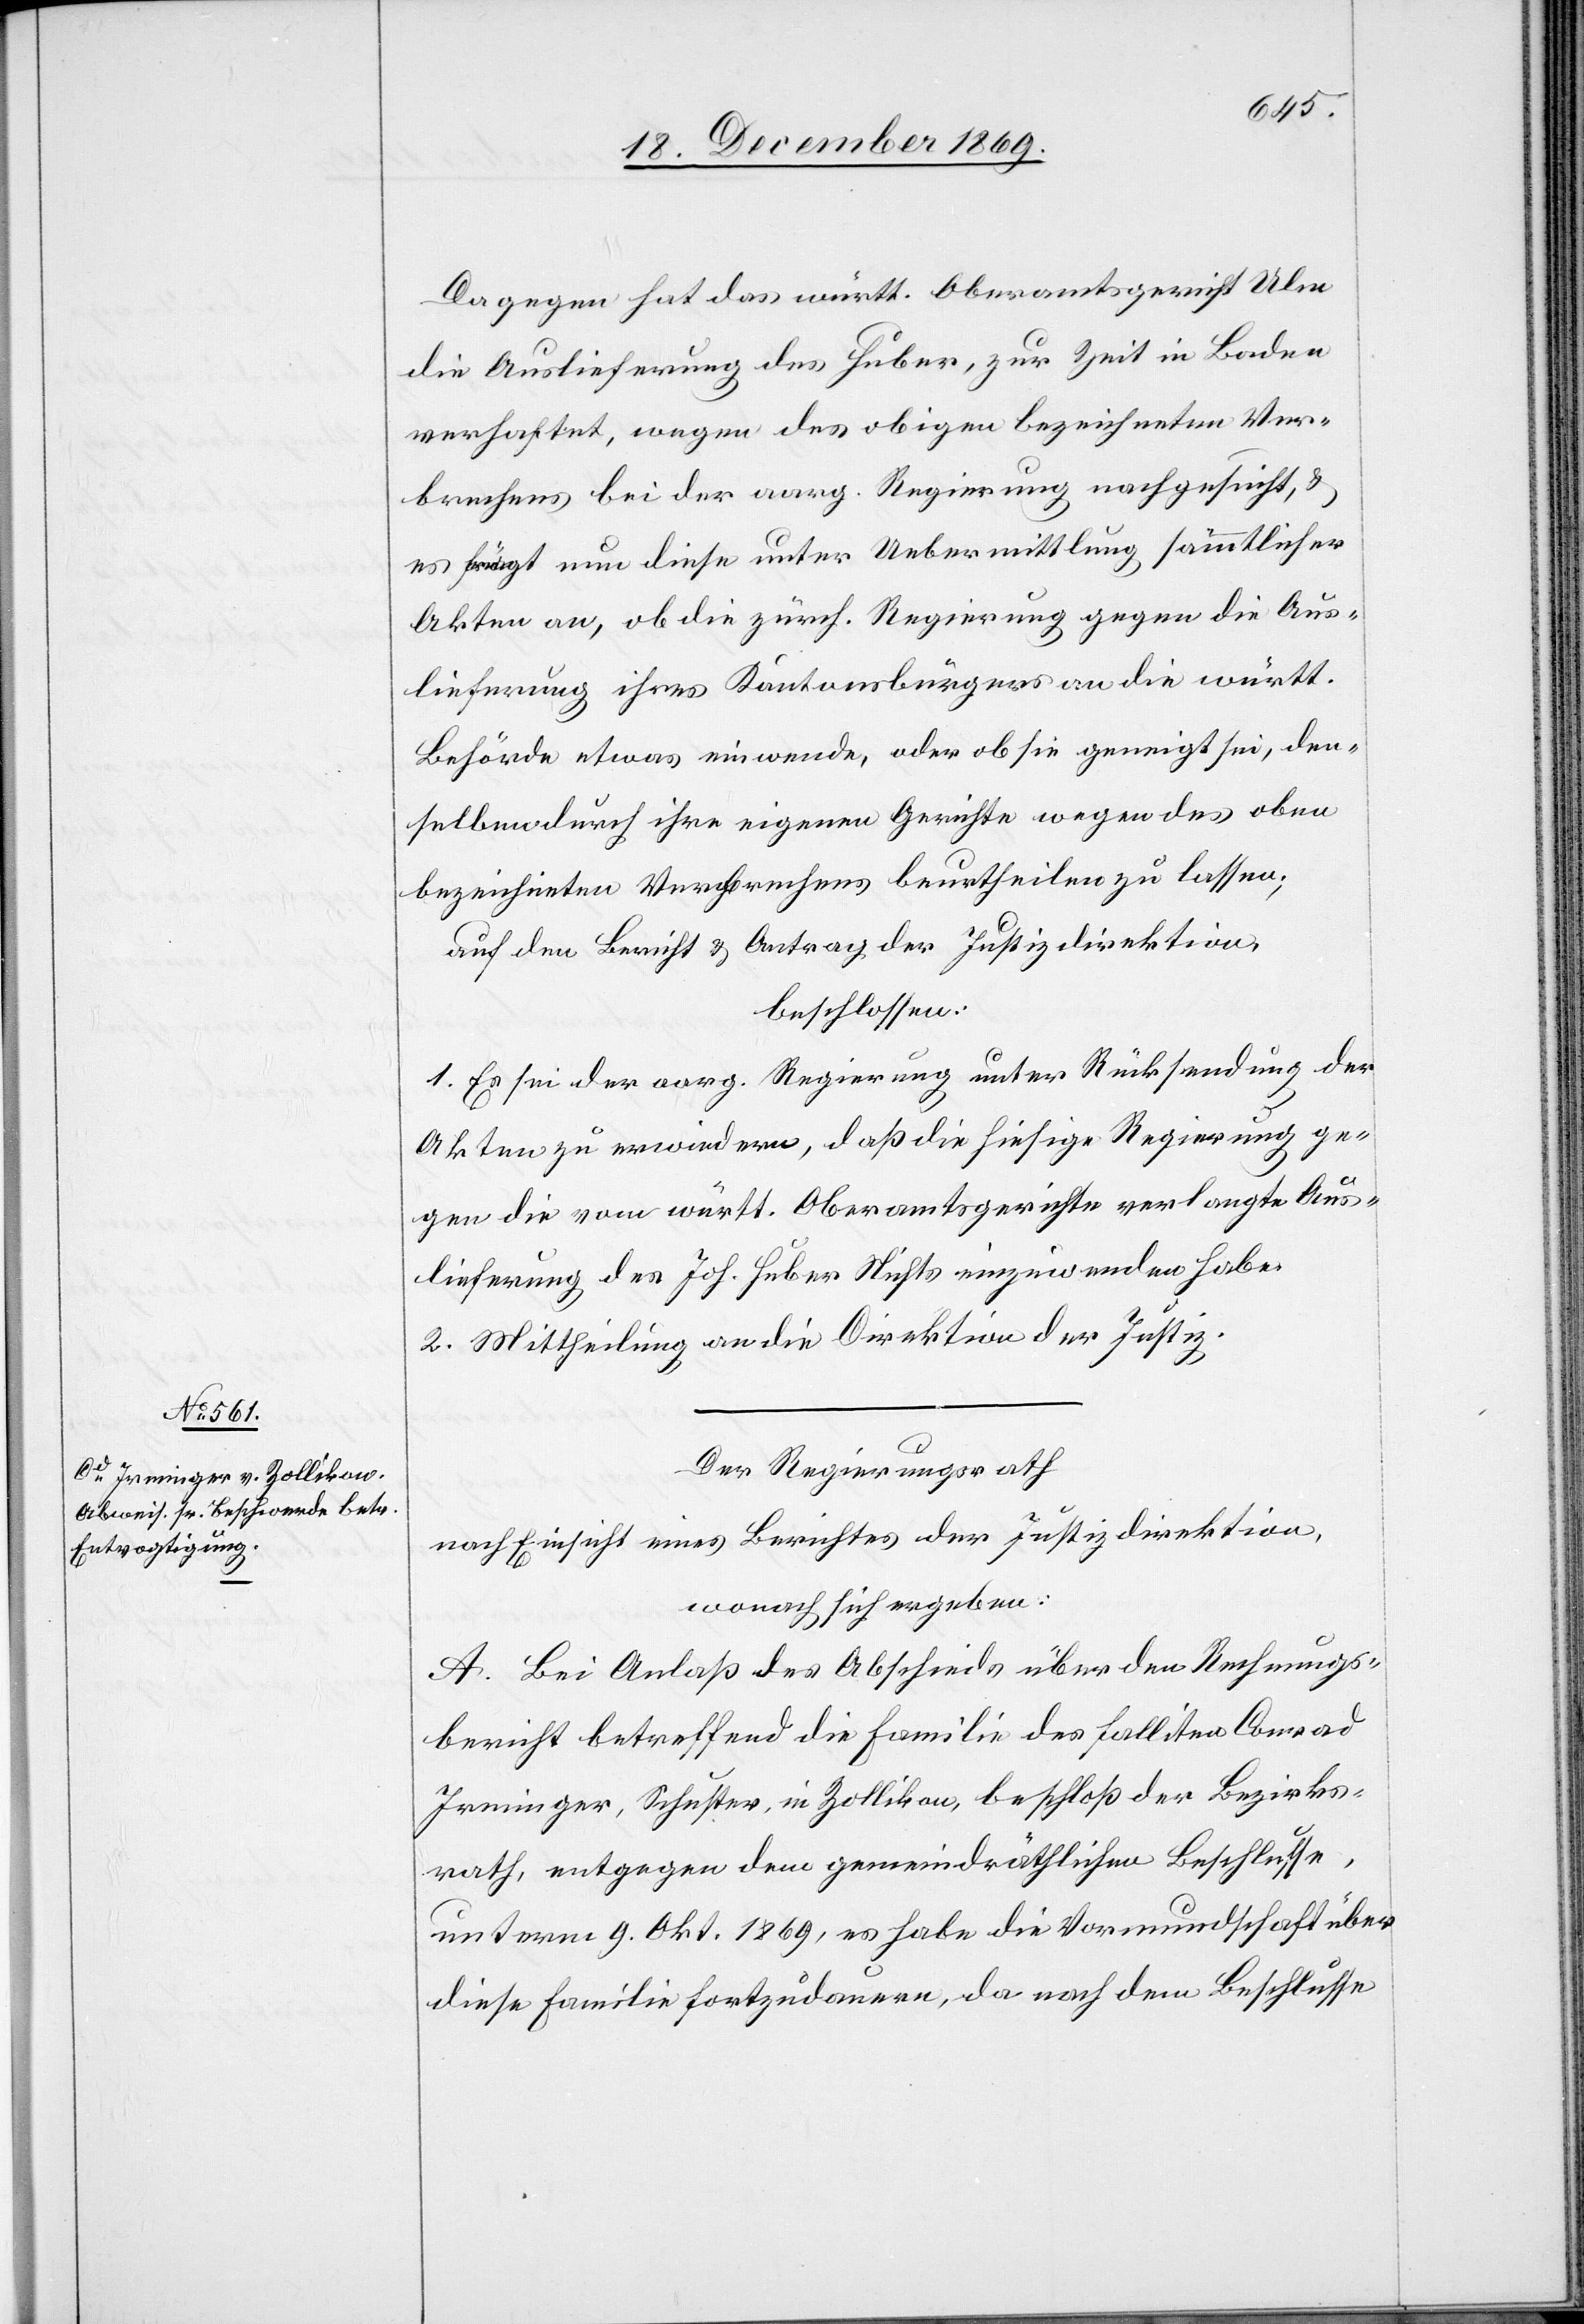
Dagegen hat das württ. Oberamtsgericht Ulm
die Auslieferung des Huber, zur Zeit in Baden
verhaftet, wegen des obigen bezeichneten Ver¬
brechens bei der aarg. Regierung nachgesucht, &
es frägt nun diese unter Uebermittlung sämmtlicher
Akten an, ob die zürch. Regierung gegen die Aus¬
lieferung ihres Kantonsbürgers an die württ.
Behörde etwas einwende, oder ob sie geneigt sei, den¬
selben durch ihre eigenen Gerichte wegen des oben
bezeichneten Verbrechens beurtheilen zu lassen;
auf den Bericht & Antrag der Justizdirektion,
beschlossen:
1. Es sei der aarg. Regierung unter Rücksendung der
Akten zu erwiedern, daß die hiesige Regierung ge¬
gen die vom württ. Oberamtsgerichte verlangte Aus¬
lieferung des Joh. Huber Nichts einzuwenden habe.
2. Mittheilung an die Direktion der Justiz.
Der Regierungsrath
nach Einsicht eines Berichtes der Justizdirektion,
wonach sich ergeben:
A. Bei Anlaß des Abschieds über den Rechnungs¬
bericht betreffend die Familie des falliten Conrad
Irminger, Schuster, in Zollikon, beschloß der Bezirks¬
rath, entgegen dem gemeindräthlichen Beschlusse,
unterm 9. Okt. 1869, es habe die Vormundschaft über
diese Familie fortzudauern, da nach dem Beschlusse